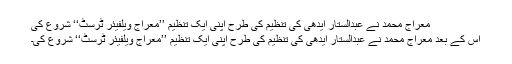
معراج محمد نے عبدالستار ایدھی کی تنظیم کی طرح اپنی ایک تنظیم ’’معراج ویلفیئر ٹرسٹ‘‘ شروع کی
اس کے بعد معراج محمد نے عبدالستار ایدھی کی تنظیم کی طرح اپنی ایک تنظیم ’’معراج ویلفیئر ٹرسٹ‘‘ شروع کی۔